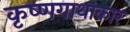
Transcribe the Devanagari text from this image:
कृष्णगाथाकार